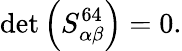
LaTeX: \operatorname*{det}\left(S_{\alpha\beta}^{64}\right)=0.